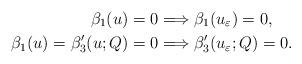
LaTeX: \begin{align*} \beta_1(u) = 0 & \Longrightarrow \beta_1(u_{\varepsilon}) = 0, \\ \beta_1(u) = \beta'_3(u; Q) = 0 & \Longrightarrow \beta'_3(u_{\varepsilon}; Q) = 0. \end{align*}